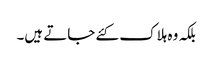
بلکہ وہ ہلاک کئے جاتے ہیں۔